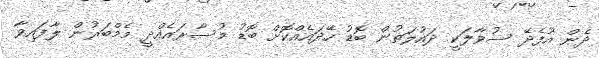
ދެން އުފެދޭ ސުވާލަކީ ދައުލަތުން ބޮޑު ހޭދައެއްކޮށް ބޮޑު މުސާރައެއްދީ މެމްބަރުން ލާފައިވާ